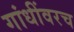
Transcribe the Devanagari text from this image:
गांधींवरच